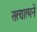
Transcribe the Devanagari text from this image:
सत्यात्मने